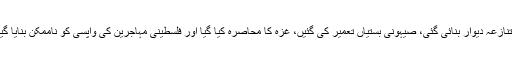
متنازعہ دیوار بنائی گئی، صیہونی بستیاں تعمیر کی گئیں، غزہ کا محاصرہ کیا گیا اور فلسطینی مہاجرین کی واپسی کو ناممکن بنایا گیا۔